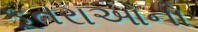
કૂતરાઓનો